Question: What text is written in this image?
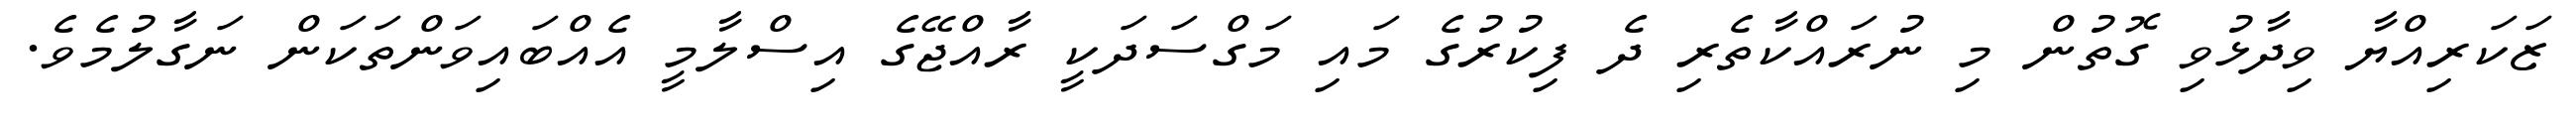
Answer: ޒަކަރިއްޔާ ވިދާޅުވި ގޮތުން މި ނުރައްކާތެރި ދެ ފިކުރުގެ މައި މަގްސަދަކީ ރާއްޖޭގެ އިސްލާމީ އެއްބައިވަންތަކަން ނަގާލުމެވެ.